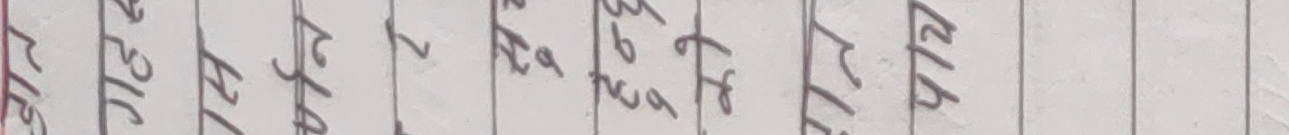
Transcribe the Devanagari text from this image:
ल३६
ए२५
मय२१
८७९२
छख१९
गट७६
मप२६
च४१५